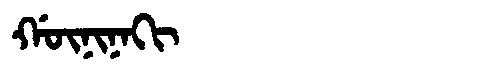
Manchu: ᡤᡡᠨᡳᠨᠠᡴᡳ
Romanization: GŪNINAKI